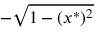
- { \sqrt { 1 - ( x ^ { * } ) ^ { 2 } } }